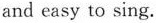
and easy to sing.